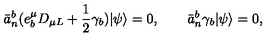
\bar { a } _ { n } ^ { b } ( e _ { b } ^ { \mu } D _ { \mu L } + \frac { 1 } { 2 } \gamma _ { b } ) | \psi \rangle = 0 , \qquad \bar { a } _ { n } ^ { b } \gamma _ { b } | \psi \rangle = 0 ,